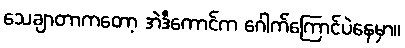
သေချာတာကတော့ အဲဒီကောင်က ဂေါက်ကြောင်ပဲနေမှာ။